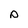
Character: D